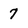
Character: 7